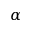
\alpha